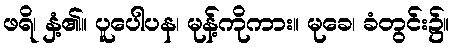
ဖရိ၊ နှံ့၏။ ပူပေါပန၊ မုန့်ကိုကား။ မုခေ၊ ခံတွင်း၌။